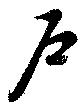
戸